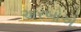
અરબોએ